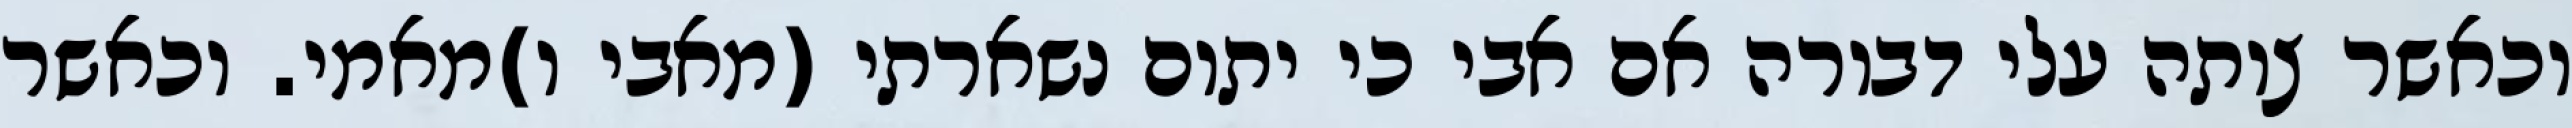
וכאשר צותה עלי דבורה אם אבי כי יתום נשארתי (מאבי ו)מאמי. וכאשר